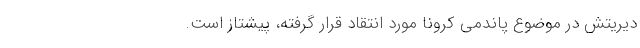
دیریتش در موضوع پاندمی کرونا مورد انتقاد قرار گرفته، پیشتاز است.